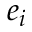
e _ { i }